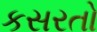
કસરતો